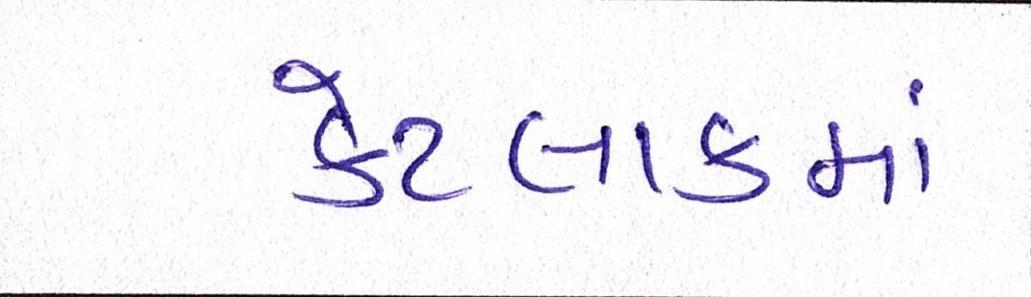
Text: કેટલાકમાં